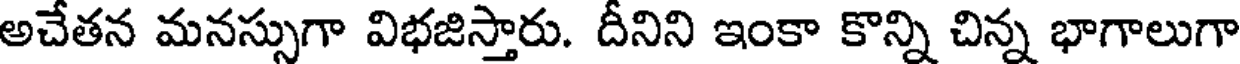
అచేతన మనస్సుగా విభజిస్తారు. దీనిని ఇంకా కొన్ని చిన్న భాగాలుగా